Lunatic asylums Burma 1907-21 - 1907-1921
Year: 1907
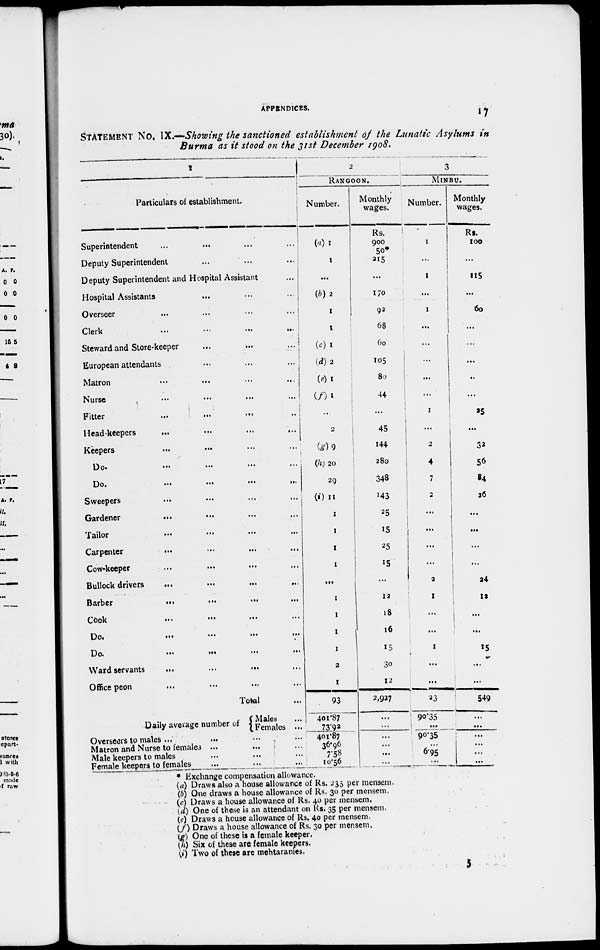
APPENDICES.
17
STATEMENT No. IX.—Showing the sanctioned establishment
of the Lunatic Asylums
in
Burma as it stood on the 31st December 1908.
1
Particulars of establishment.
Superintendent ... ... ... ...
Deputy Superintendent ... ... ...
Deputy Superintendent and Hospital Assistant ...
Hospital Assistants ... ... ...
Overseer
...
...
...
...
Clerk
...
...
...
...
Steward and Store-keeper ... ... ...
European attendants
...
...
...
Matron
...
...
...
...
Nurse
...
...
...
...
Fitter
...
...
...
...
Head-keepers
...
...
...
...
Keepers ... ... ... ...
Do.
...
...
...
...
Do.
...
...
...
...
Sweepers ... ... ... ...
Gardener ... ... ... ...
Tailor
...
...
...
...
Carpenter
...
...
...
...
Cow-keeper ... ... ... ...
Bullock drivers
... ... ... ...
Barber
...
...
...
...
Cook
...
...
...
...
Do.
...
...
...
...
Do.
...
...
...
...
Ward servants ... ... ... ...
Office peon ... ... ... ...
Total ...
Daily average number of
Males ...
Females ...
Overseers to males ... ... ... ...
Matron and Nurse to females ... ... ...
Male keepers to males ... ... ...
Female keepers to females ... ... ...
2
RANGOON.
Number.
(a)1
1
...
(b)2
1
1
(c)1
(d)2
(e)1
(f)1
...
2
(g)9
(h)20
29
(i) 11
1
1
1
1
...
1
1
1
1
2
1
93
401.87
73.92
401.87
36.96
7.58
10.56
Monthly
wages.
Rs.
900
50*
215
...
170
92
68
60
105
80
44
...
45
144
280
348
143
25
15
25
15
...
12
18
16
15
30
12
2,927
...
...
...
...
...
...
3
MINBU.
Number.
1
...
1
...
1
...
...
...
...
...
1
...
2
4
7
2
...
...
...
...
2
1
...
...
1
...
...
23
90.35
...
90.35
...
6.95
...
Monthly
wages.
Rs.
100
...
115
...
60
...
...
...
...
...
25
...
32
56
84
26
...
...
...
...
24
12
...
...
15
...
...
549
...
...
...
...
...
...
* Exchange compensation allowance.
(a) Draws also a house allowance of Rs. 235 per mensem.
(b) One draws a house allowance of Rs. 30 per mensem.
(c) Draws a house allowance of Rs. 40 per mensem.
(d) One of these is an attendant on Rs. 35 per mensem.
(e) Draws a house allowance of Rs. 40 per mensem.
(f) Draws a house allowance of Rs. 30 per mensem.
(g) One of these is a female keeper.
(h) Six of these are female keepers.
(i) Two of these are mehtaranies.
5